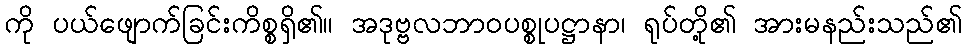
ကို ပယ်ဖျောက်ခြင်းကိစ္စရှိ၏။ အဒုဗ္ဗလဘာဝပစ္စုပဋ္ဌာနာ၊ ရုပ်တို့၏ အားမနည်းသည်၏